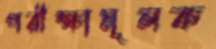
পরীক্ষামূলক